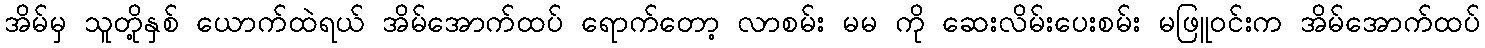
အိမ်မှ သူတို့နှစ် ယောက်ထဲရယ် အိမ်အောက်ထပ် ရောက်တော့ လာစမ်း မမ ကို ဆေးလိမ်းပေးစမ်း မဖြူဝင်းက အိမ်အောက်ထပ်